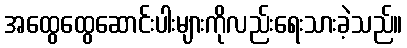
အထွေထွေဆောင်းပါးများကိုလည်းရေးသားခဲ့သည်။